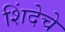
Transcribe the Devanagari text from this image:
शिंदेचे